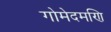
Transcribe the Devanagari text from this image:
गोमेदमणि